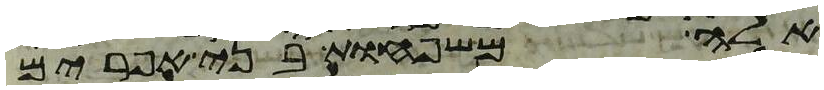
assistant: אלה משפחות בני אפרים